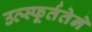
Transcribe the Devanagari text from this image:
उत्स्फूर्ततेने